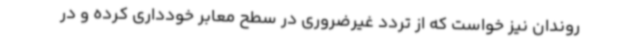
روندان نیز خواست که از تردد غیرضروری در سطح معابر خودداری کرده و در